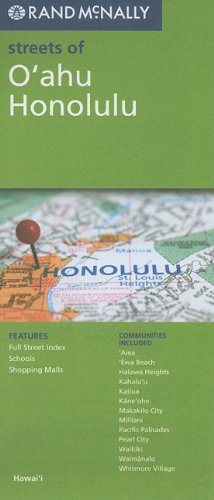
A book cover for Rand McNally Folded Map: O'ahu, Honolulu (Rand McNally Streets Of...); Rand McNally; Travel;